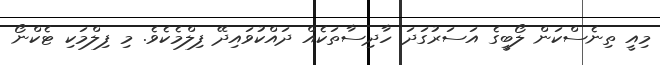
މިއީ ތިނެސްކަން ލޯބީގެ އަސަރުގަދަ ހާދިސާތަކެއް ދައްކުވައިދޭ ފިލްމެކެވެ. މި ފިލްމަކި ޓެކްނޯ